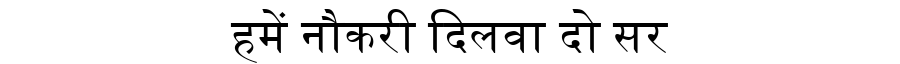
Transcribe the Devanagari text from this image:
हमें नौकरी दिलवा दो सर